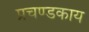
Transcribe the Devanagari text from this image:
प्रचण्डकाय